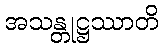
အသန္တုဋ္ဌဿာတိ